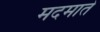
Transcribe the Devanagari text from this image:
मदमाते